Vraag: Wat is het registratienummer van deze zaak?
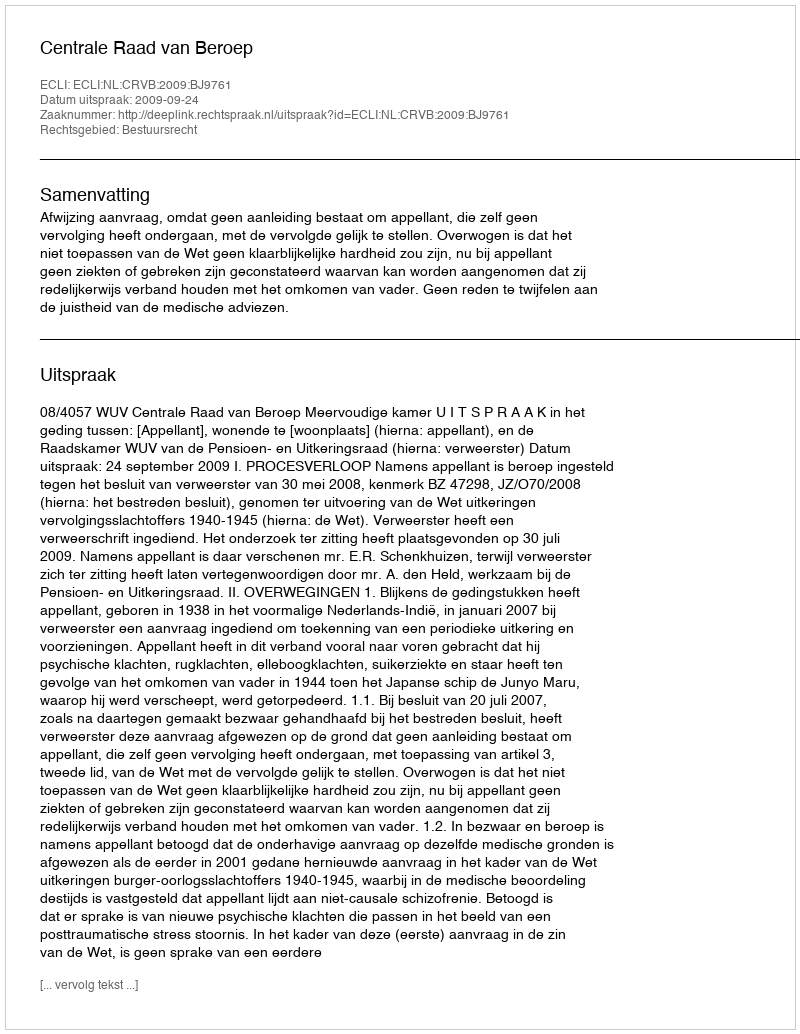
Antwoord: http://deeplink.rechtspraak.nl/uitspraak?id=ECLI:NL:CRVB:2009:BJ9761